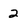
Character: 2